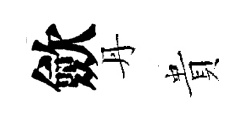
歛丹貴